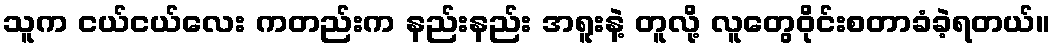
သူက ငယ်ငယ်လေး ကတည်းက နည်းနည်း အရူးနဲ့ တူလို့ လူတွေဝိုင်းစတာခံခဲ့ရတယ်။